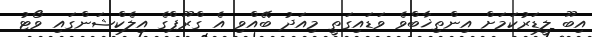
އިބޫ ލީޑަރުކަމަށް އިންތިޚާބްވެ ވަޑައިގަތީ މިއަދު ބޭއްވި އެ ގްރޫޕްގެ އިލެކްޝަންގައި ވޯޓު